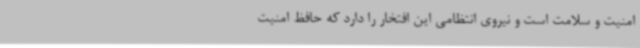
امنیت و سلامت است و نیروی انتظامی این افتخار را دارد که حافظ امنیت